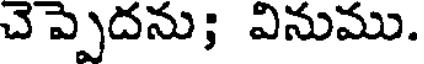
చెప్పెదను; వినుము.